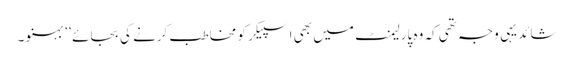
شائد یہی وجہ تھی کہ وہ پارلیمنٹ میں بھی اسپیکر کو مخاطب کرنے کی بجائے ’’ بہنو ۔